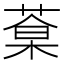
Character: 𦷎